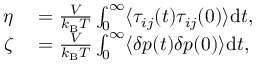
\begin{array} { r l } { \eta } & { { } = \frac { V } { k _ { \mathrm { B } } T } \int _ { 0 } ^ { \infty } \langle \tau _ { i j } ( t ) \tau _ { i j } ( 0 ) \rangle \mathrm { d } t , } \\ { \zeta } & { { } = \frac { V } { k _ { \mathrm { B } } T } \int _ { 0 } ^ { \infty } \langle \delta p ( t ) \delta p ( 0 ) \rangle \mathrm { d } t , } \end{array}